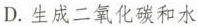
D.生成二氧化碳和水